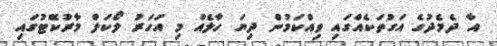
އާ ދެމެދުގެ އަގުތަކެއްގައި ވިއްކަމުން ދިޔަ ހާލެއް މި އަހަރު ލޯކަލް މާރުކޭޓުގައި